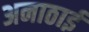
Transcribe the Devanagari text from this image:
अनाठाई